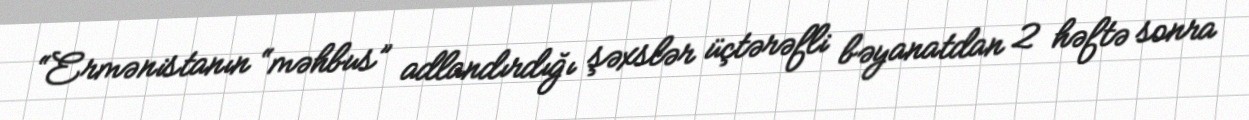
“Ermənistanın “məhbus” adlandırdığı şəxslər üçtərəfli bəyanatdan 2 həftə sonra